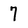
Character: 7